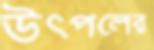
উত্পলের